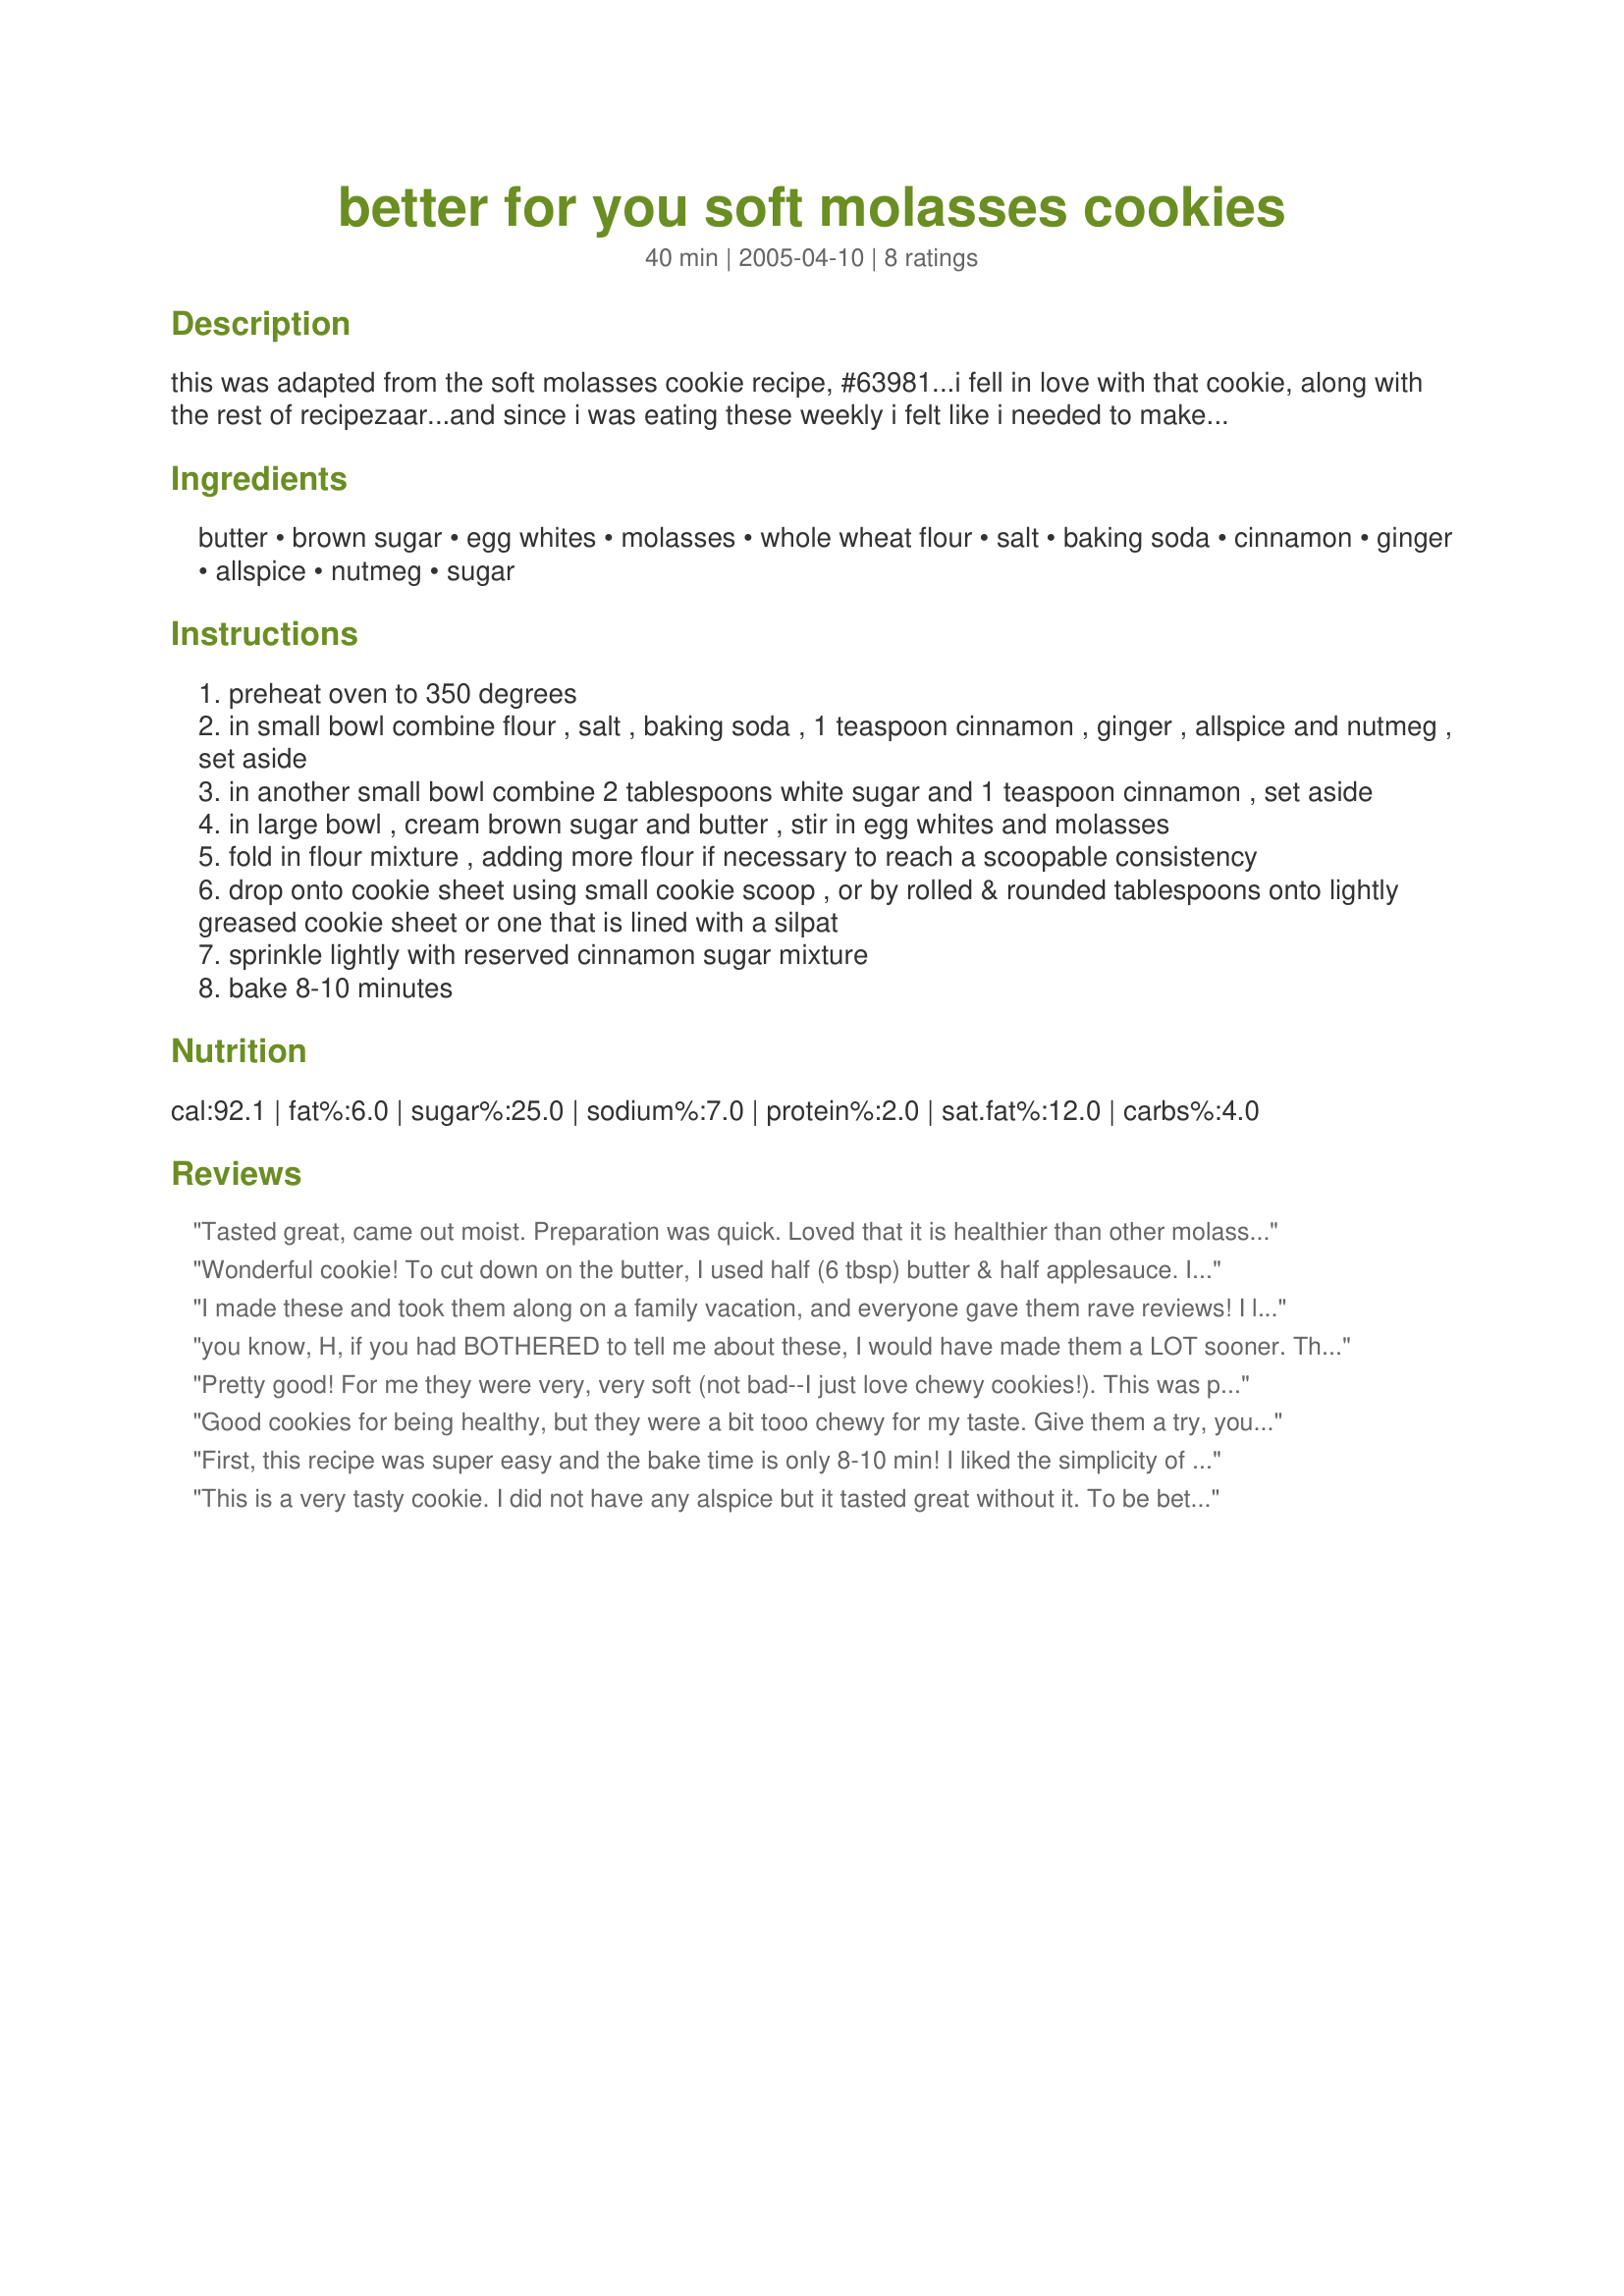
better for you soft molasses cookies
Preparation time: 40 minutes

this was adapted from the soft molasses cookie recipe, #63981...i fell in love with that cookie, along with the rest of recipezaar...and since i was eating these weekly i felt like i needed to make them a bit more healthy. the result was awesome - the cookie now stays a little puffier yet still chewy. the wheat flour is a nice addition i used 1/2 regular whole wheat flour and 1/2 pastry whole wheat flour - actually giving it more taste...if anyone can figure out how to cut down the butter - let me know!! hope you like!

Ingredients:
butter, brown sugar, egg whites, molasses, whole wheat flour, salt, baking soda, cinnamon, ginger, allspice, nutmeg, sugar

Steps:
preheat oven to 350 degrees
in small bowl combine flour , salt , baking soda , 1 teaspoon cinnamon , ginger , allspice and nutmeg , set aside
in another small bowl combine 2 tablespoons white sugar and 1 teaspoon cinnamon , set aside
in large bowl , cream brown sugar and butter , stir in egg whites and molasses
fold in flour mixture , adding more flour if necessary to reach a scoopable consistency
drop onto cookie sheet using small cookie scoop , or by rolled & rounded tablespoons onto lightly greased cookie sheet or one that is lined with a silpat
sprinkle lightly with reserved cinnamon sugar mixture
bake 8-10 minutes

Reviews:
Tasted great, came out moist. Preparation was quick. Loved that it is healthier than other molasses cookie recipes that require "shortening." Thanks! Will definitely make again.
Wonderful cookie! To cut down on the butter, I used half (6 tbsp) butter & half applesauce. It works out great & cuts down on the fat. I got about 48 out of this & love the fact that they're whole wheat, which is the only flour I use. Thanks so very much!
I made these and took them along on a family vacation, and everyone gave them rave reviews! I left out the nutmeg, which I can&#039;t tolerate. They turned out perfect, not too strong on the spice side. You can taste just the smallest tang of baking soda, like you do in snicker doodles. Delicious! Updated review: Even for a &#039;healthier&#039; cookie, these are sooo good! I think 3/4 cup butter is a lot for a healthy cookie, so I wanted to sub 1/4 cup this time. I used apple and orange pulp from my juicer. The cookies are WonDerFull! I don&#039;t taste even a hint of fruit, and they are not rubbery like when I substitute applesauce.
you know, H, if you had BOTHERED to tell me about these, I would have made them a LOT sooner. These are VERY good. Nice and soft, great flavor, and they SMELL divine. Must go make a pot of tea to enjoy with them :-)
Pretty good! For me they were very, very soft (not bad--I just love chewy cookies!). This was probably a lot due to substituting applesauce for half the butter. I used splenda brown sugar, a whole egg, and sorghum molasses. Didn't have any allspice, so left that out. I love that they're 100% whole wheat--and my husband couldn't even tell! Oh, and I forgot to sprinkle cinnamon and sugar on top before baking, but they were definitely sweet enough without it!
Good cookies for being healthy, but they were a bit tooo chewy for my taste. Give them a try, you may like it, not that its bad, just not my taste. Thanks
First, this recipe was super easy and the bake time is only 8-10 min! I liked the simplicity of the ingredients with lots of spices instead of so much sugar, and the whole wheat flour is a bonus too. They are definitely not "mom's" molasses cookies. They taste like a cookie on a diet, which they sort of are. But all in all, they took about a half hour from start to finish and are doing the trick.
This is a very tasty cookie. I did not have any alspice but it tasted great without it. To be better for you I suppose you could forgo the sugar and cinnamon on the outside but it sure adds to the taste. A very good cookie
